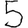
Digit: 5